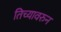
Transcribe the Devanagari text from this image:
तिच्यावरुन